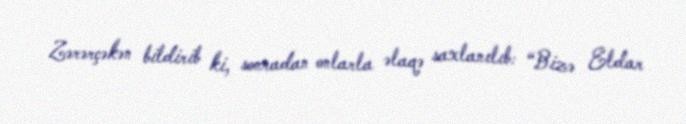
Zərərçəkən bildirib ki, sonradan onlarla əlaqə saxlanılıb: “Bizə Eldar